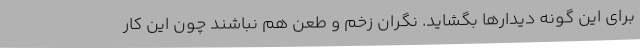
برای این گونه دیدارها بگشاید. نگران زخم و طعن هم نباشند چون این کار